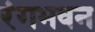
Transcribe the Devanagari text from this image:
रंगभवन